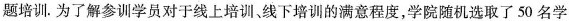
题培训.为了解参训学员对于线上培训、线下培训的满意程度，学院随机选取了50名学